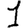
Digit: 1